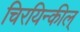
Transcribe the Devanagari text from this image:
चिरयिन्कील्